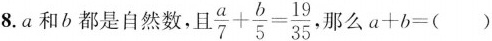
8.a和b都是自然数，且 $$\frac { a } { 7 } + \frac { b } { 5 } = \frac { 1 9 } { 3 5 }$$ ，那么 $$a + b = ( )$$